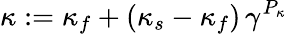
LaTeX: \kappa:=\kappa_{f}+(\kappa_{s}-\kappa_{f})\, \gamma^{P_{\kappa}}